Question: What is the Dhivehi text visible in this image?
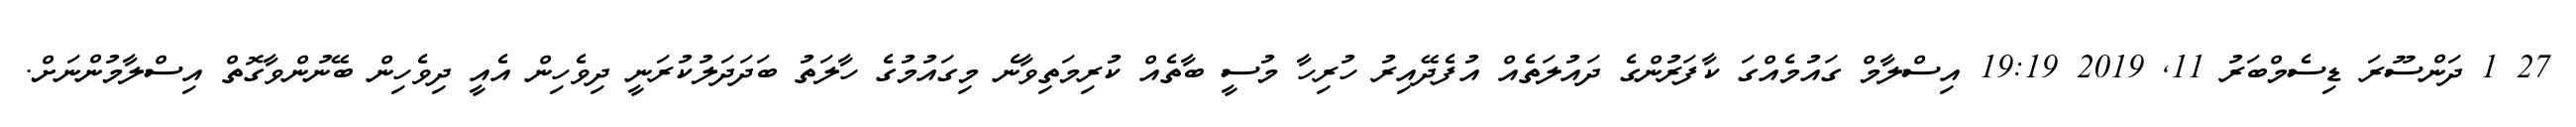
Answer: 27 1 ދަންސޫރަ ޑިސެމްބަރު 11, 2019 19:19 އިސްލާމް ގައުމެއްގަ ކާފަރުންގެ ދައުލަތެއް އުފެދޭއިރު ހުރިހާ މުސީ ބާތެއް ކުރިމަތިވާނެ މިގައުމުގެ ހާލަތު ބަދަދަލުކުރަނީ ދިވެހިން އެއީ ދިވެހިން ބޭނުންވާގޮތް އިސްލާމުންނަށް.